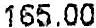
165.00